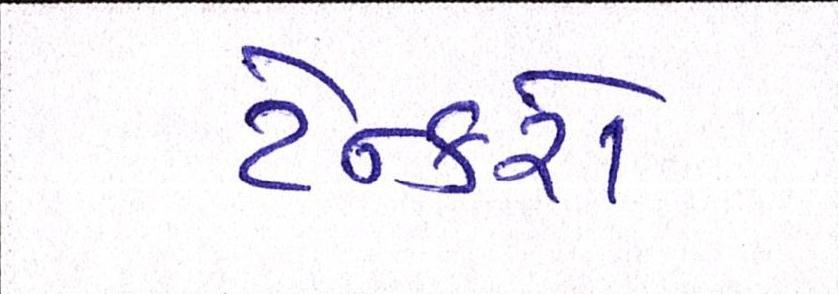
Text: ટેન્કરો